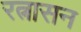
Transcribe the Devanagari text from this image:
रत्नासन